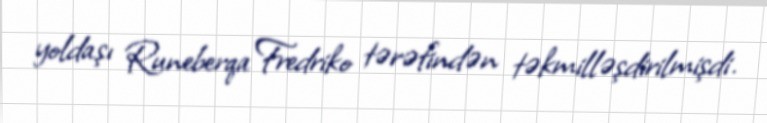
yoldaşı Runeberqa Fredriko tərəfindən təkmilləşdirilmişdi.